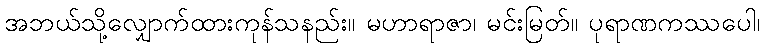
အဘယ်သို့လျှောက်ထားကုန်သနည်း။ မဟာရာဇာ၊ မင်းမြတ်။ ပုရာဏကဿပေါ၊